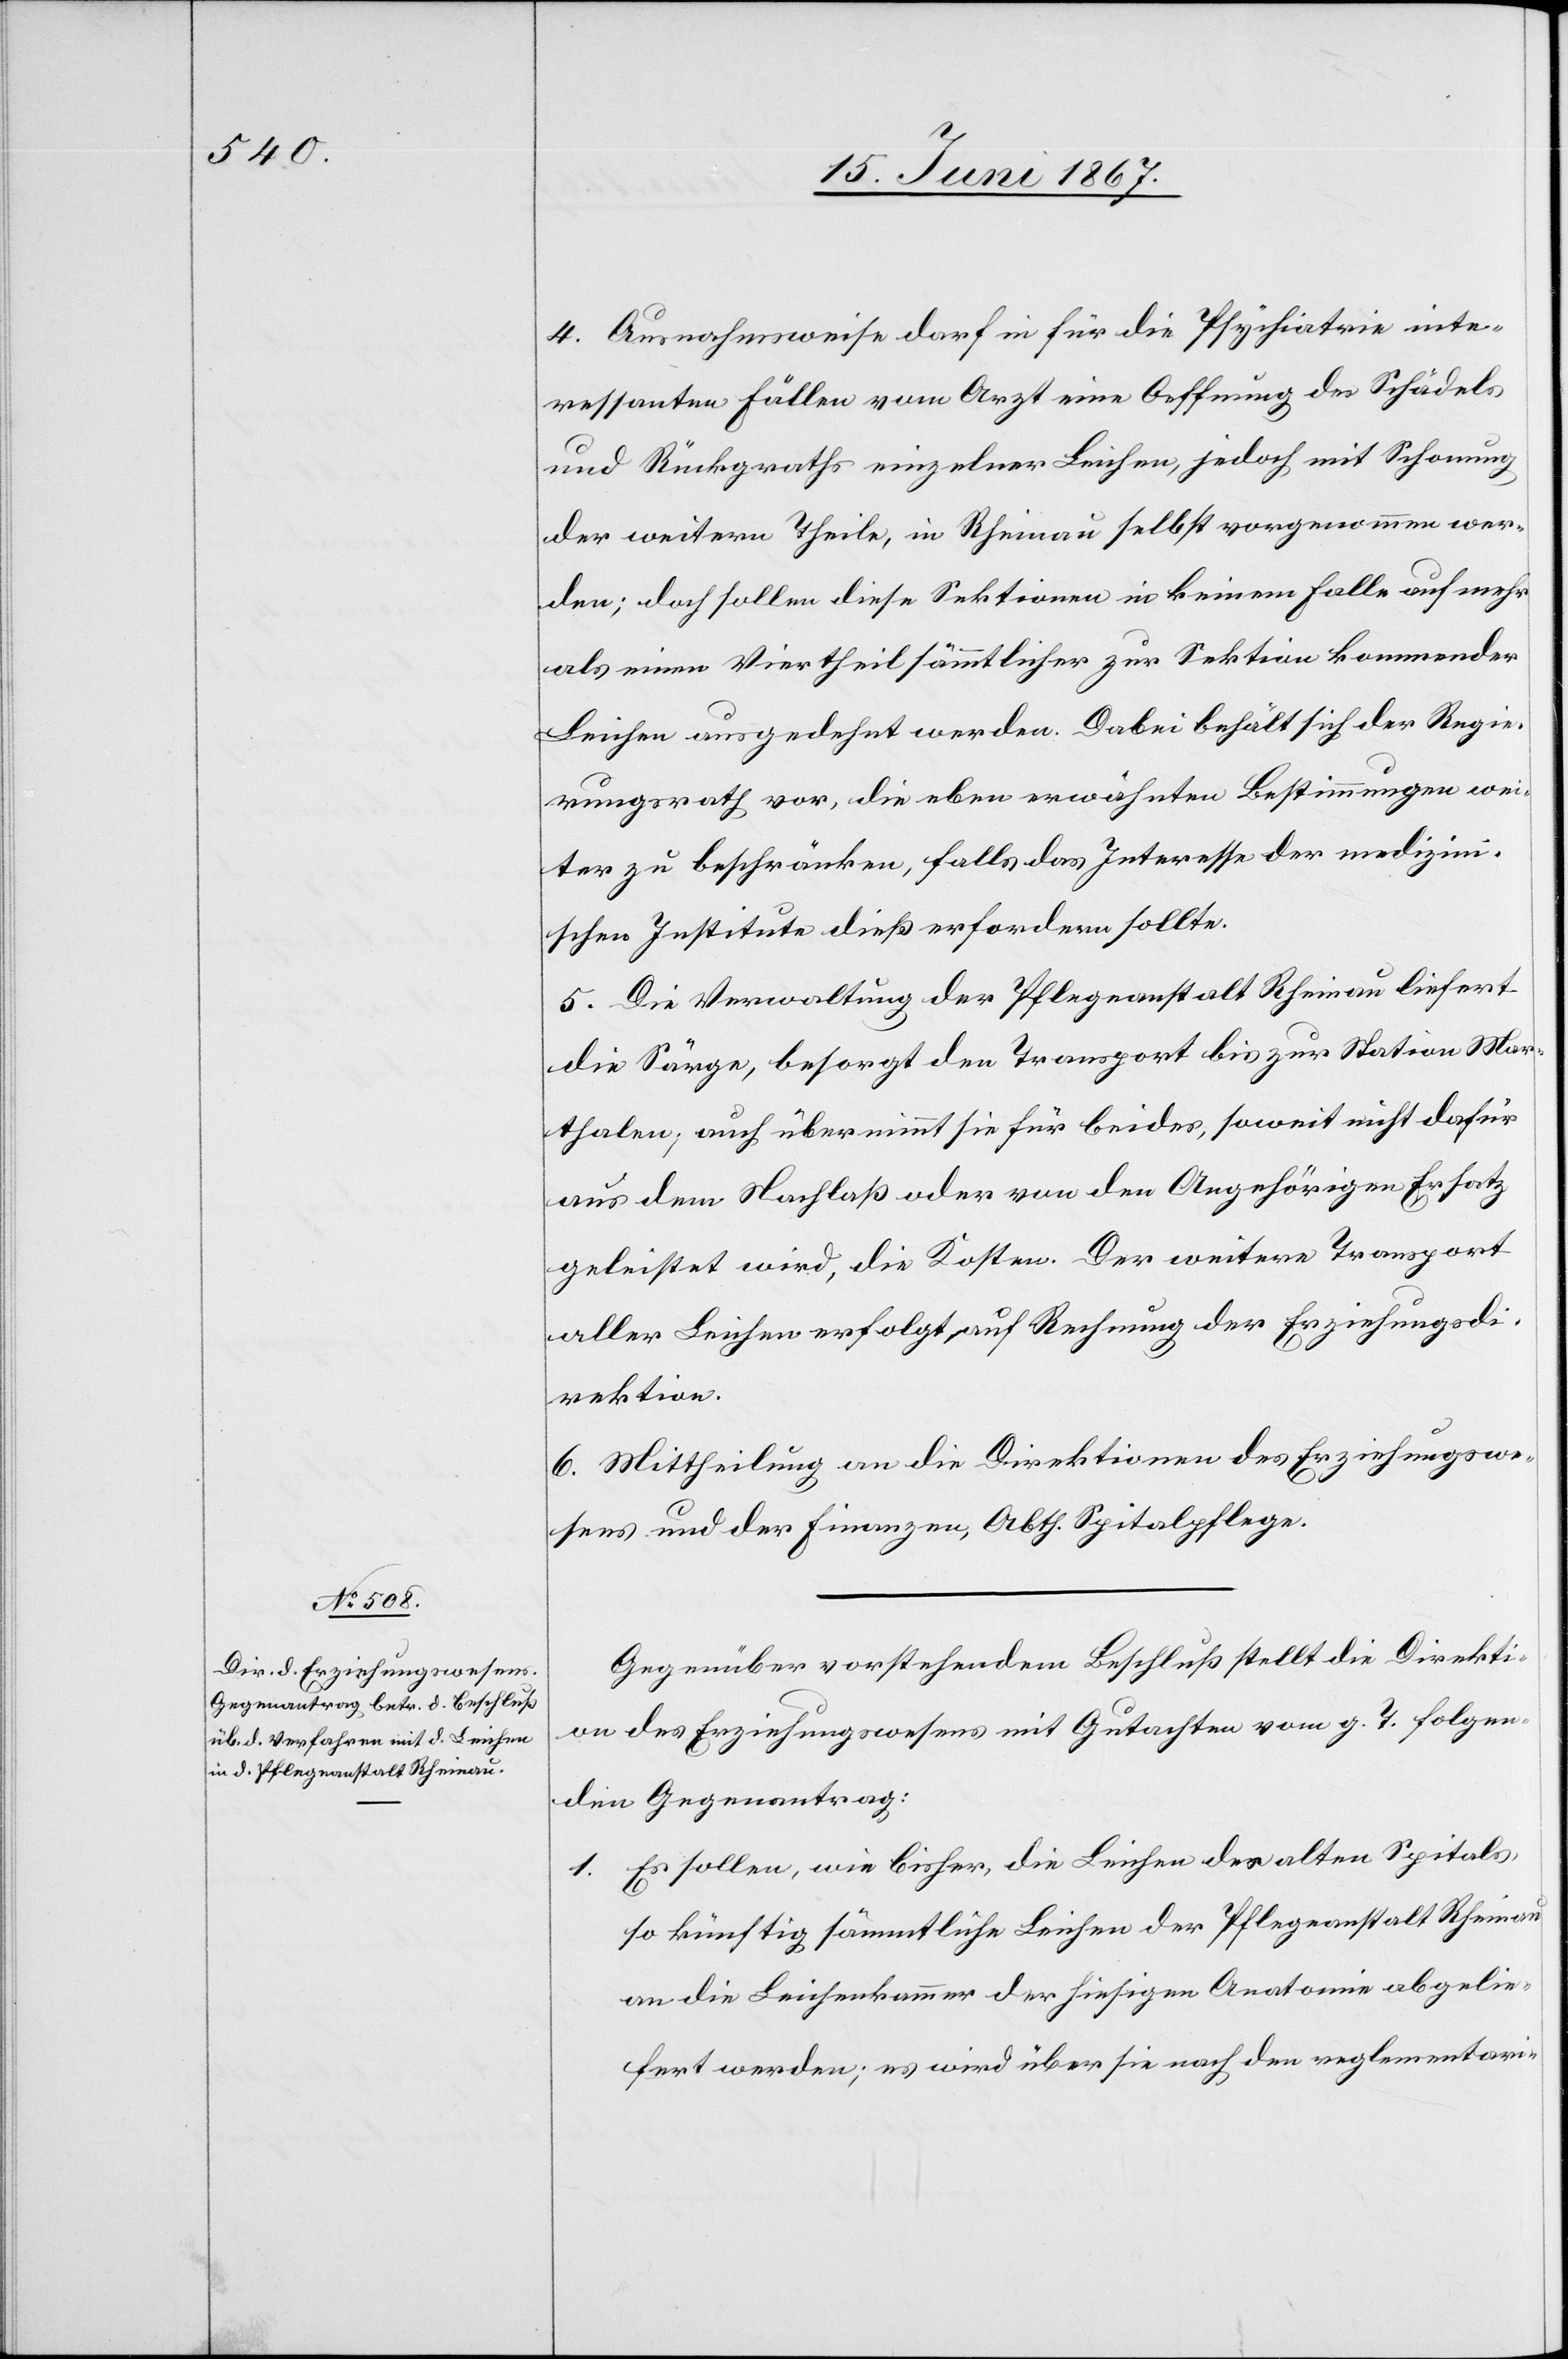
4. Ausnahmsweise darf in für die Psychiatrie inte¬
ressanten Fällen vom Arzt eine Oeffnung des Schädels
und Rückgraths einzelner Leichen, jedoch mit Schonung
der weitern Theile, in Rheinau selbst vorgenommen wer¬
den; doch sollen diese Sektionen in keinem Falle auf mehr
als einen Viertheil sämmtlicher zur Sektion kommender
Leichen ausgedehnt werden. Dabei behält der Regie¬
rungsrath vor, die eben erwähnten Bestimmungen wei¬
ter zu beschränken, falls das Interesse der medizini¬
schen Institute dieß erfordern sollte.
5. Die Verwaltung der Pflegeanstalt Rheinau liefert
die Särge, besorgt den Transport bis zur Station Mar¬
thalen, auch übernimmt sie für beides, soweit nicht dafür
aus dem Nachlaß oder von den Angehörigen Ersatz
geleistet wird, die Kosten. Der weitere Transport
aller Leichen erfolgt auf Rechnung der Erziehungsdi¬
rektion.
6. Mittheilung an die Direktionen des Erziehungswe¬
sens und der Finanzen, Abth. Spitalpflege.
Gegenüber vorstehendem Beschluß stellt die Direkti¬
on des Erziehungswesens mit Gutachten vom g. T. folgen¬
den Gegenantrag:
1. Es sollen, wie bisher, die Leichen des alten Spitals
so künftig sämmtliche Leichen der Pflegeanstalt Rheinau
an die Leichenkammer der hiesigen Anatomie abgelie¬
fert werden; es wird über sie nach den reglementari-